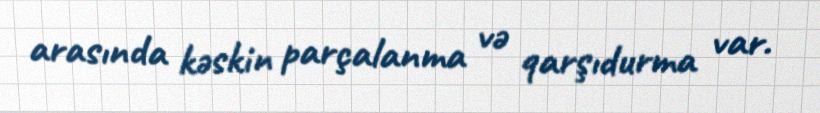
arasında kəskin parçalanma və qarşıdurma var.